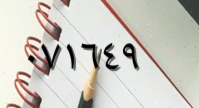
٠٧١٦٤٩